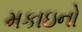
મકાઇનો